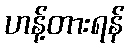
ဟန့်တားရန်